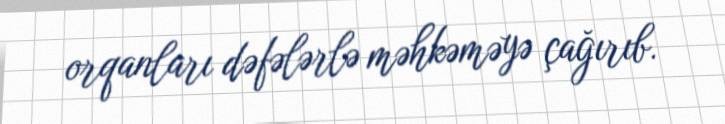
orqanları dəfələrlə məhkəməyə çağırıb.